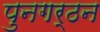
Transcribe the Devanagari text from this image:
पुनगर्ठन